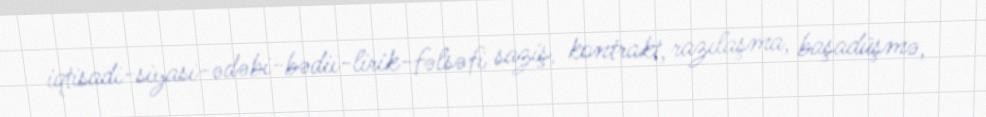
iqtisadi-siyasi-ədəbi-bədii-lirik-fəlsəfi saziş, kontrakt, razılaşma, başadüşmə,